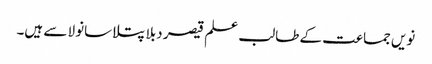
نویں جماعت کے طالب علم قیصر دبلا پتلا سانولا سے ہیں۔